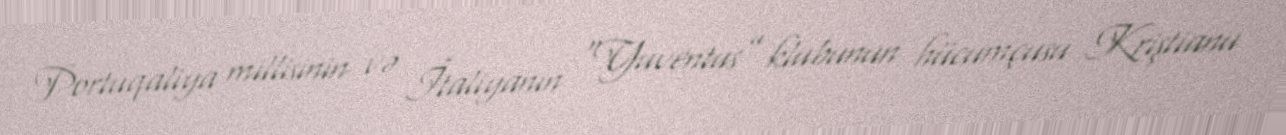
Portuqaliya millisinin və İtaliyanın “Yuventus” klubunun hücumçusu Kriştianu